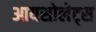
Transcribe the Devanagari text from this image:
आयसोलेट्स